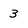
Character: 3